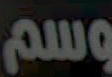
وسم